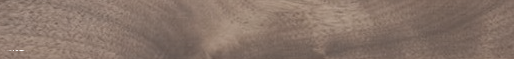
استشارة مجانية لخدماتنا ا